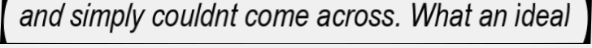
and simply couldnt come across. What an ideal